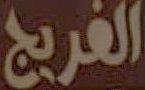
الفريج